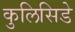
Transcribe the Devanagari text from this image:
कुलिसिडे